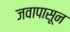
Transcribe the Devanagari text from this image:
जवापासून